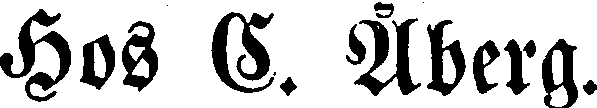
hos C. Åberg.